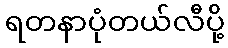
ရတနာပုံတယ်လီပို့